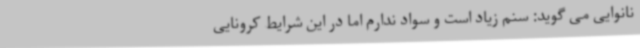
نانوایی می گوید: سنم زیاد است و سواد ندارم اما در این شرایط کرونایی